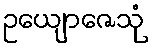
ဥယျောဇေသုံ